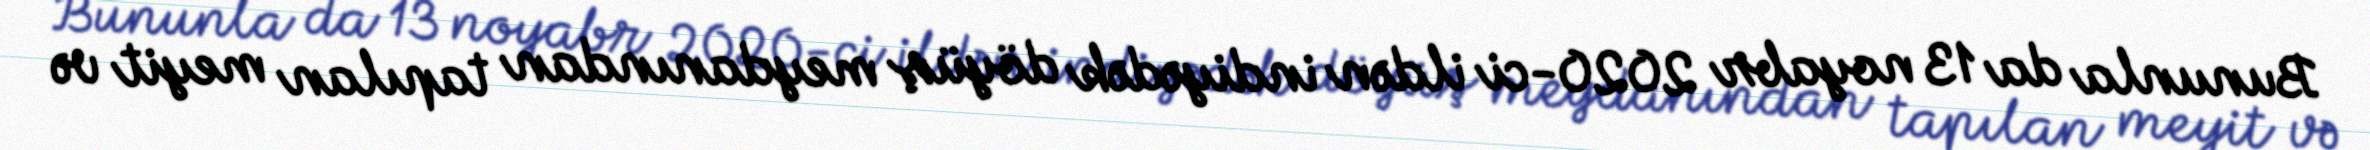
Bununla da 13 noyabr 2020-ci ildən indiyədək döyüş meydanından tapılan meyit və